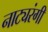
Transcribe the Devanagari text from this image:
नाट्यरंगी